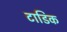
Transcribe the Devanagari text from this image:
टाडिक